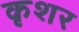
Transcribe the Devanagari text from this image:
कृशर